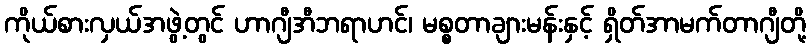
ကိုယ်စားလှယ်အဖွဲ့တွင် ဟာဂျီအီဘရာဟင်၊ မစ္စတာချားမန်းနှင့် ရှိတ်အာမက်တာဂျီတို့